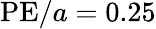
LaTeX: \textrm{PE}/a=0.25